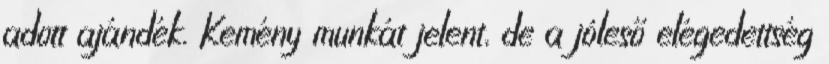
adott ajándék. Kemény munkát jelent, de a jóleső elégedettség